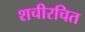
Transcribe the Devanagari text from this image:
शचीरचित